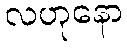
လဟုနော